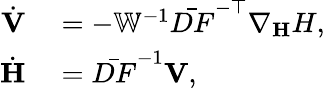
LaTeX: \begin{array}{rl}{\dot{\mathbf V}}&{{}=-{\mathbb{W}}^{-1}\bar{DF}^{-\top}\nabla_{\mathbf{H}}H,}\\ {\dot{\mathbf H}}&{{}=\bar{DF}^{-1}{\mathbf{V}},}\end{array}